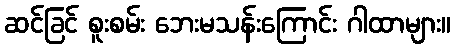
ဆင်ခြင် စူးစမ်း ဘေးမသန်းကြောင်း ဂါထာများ။